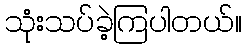
သုံးသပ်ခဲ့ကြပါတယ်။